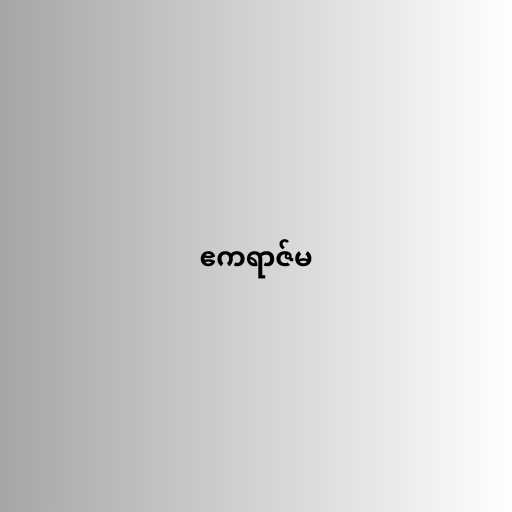
ဧကရာဇ်မ